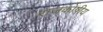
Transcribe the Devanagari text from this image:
राजकोषीय